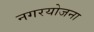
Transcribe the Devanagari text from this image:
नगरयोजना